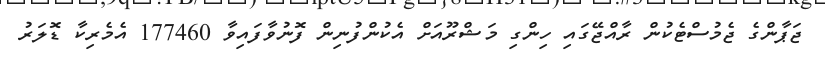
ޖަޕާންގެ ޖެމުސްޓެކުން ރާއްޖޭގައި ހިންގި މަޝްރޫއަށް އެކުންފުނިން ފޮނުވާފައިވާ 177460 އެމެރިކާ ޑޮލަރު